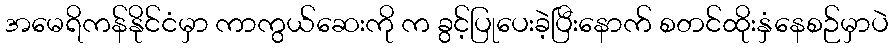
အမေရိကန်နိုင်ငံမှာ ကာကွယ်ဆေးကို က ခွင့်ပြုပေးခဲ့ပြီးနောက် စတင်ထိုးနှံနေစဉ်မှာပဲ